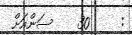
:     30    ސަންއަށް